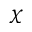
\chi